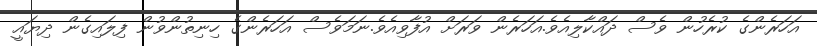
އަހަރެންގެ ކުރެހުން ވެސް ދައްކާލިއެވެ.އަހަރެން ވަރަށް އުފާވިއެވެ.ނަމަވެސް އަހަރެންގެ ހިނިތުންވުން ފިލައިގެން ދިޔައީ